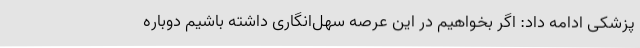
پزشکی ادامه داد: اگر بخواهیم در این عرصه سهل‌انگاری داشته باشیم دوباره